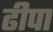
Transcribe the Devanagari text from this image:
ढीपा